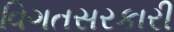
વિગતસરકારી